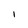
Character: l